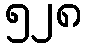
၅၂၈